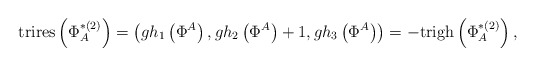
\begin{align*}\mathrm{trires}\left( \Phi _{A}^{*(2)}\right) =\left( gh_{1}\left( \Phi^{A}\right) ,gh_{2}\left( \Phi ^{A}\right) +1,gh_{3}\left( \Phi ^{A}\right)\right) =-\mathrm{trigh}\left( \Phi _{A}^{*(2)}\right) , \end{align*}